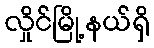
လှိုင်မြို့နယ်ရှိ